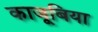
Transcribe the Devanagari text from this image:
काजूबिया